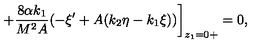
+ \frac { 8 \alpha k _ { 1 } } { M ^ { 2 } A } ( - \xi ^ { \prime } + A ( k _ { 2 } \eta - k _ { 1 } \xi ) ) \bigg ] _ { z _ { 1 } = 0 + } = 0 ,